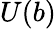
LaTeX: U(b)